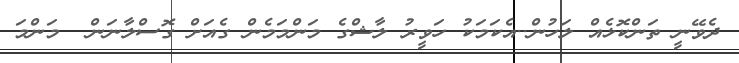
ދެވޭނީ ތަންކޮޅެއް ލަހުން..އެކަމަކު ހަވީރު ލާޝްގެ މަންމަމެން ގެއަށް ގޮސްލާނަން  މަންމަ